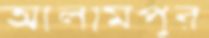
আলামপুর